Mental hospitals Bombay report 1929-33 - 1929-1933
Year: 1929
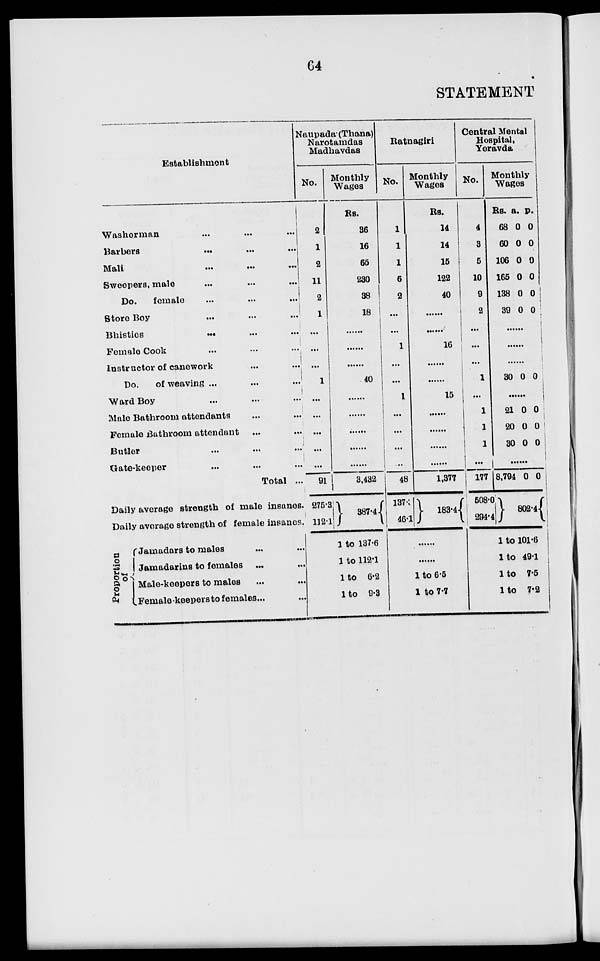
64
STATEMENT
Establishment
Washerman ... ... ...
Barbers
...
...
...
Mali ... ... ...
Sweepers, male ... ... ...
Do. female ... ... ...
Store Boy ... ... ...
Bhisties
...
...
...
Female Cook ... ... ...
Instructor of canework ... ...
Do.
of weaving ... ... ...
Ward Boy ... ... ...
Male Bathroom attendants ... ...
Female Bathroom attendant ... ...
Butler ... ... ...
Gate-keeper ... ... ...
Total ...
Daily average strength of male insanes.
Daily average strength of female insanes.
P roportion
of
Jamadars to males ... ...
Jamadarins to females ... ...
Male-keepers to males ... ...
Female-keepers to females . . . ...
Naupada (Thana)
Narotamdas
Madhavdas
No.
2
1
2
11
2
1
...
...
...
1
...
...
...
...
...
91
275.3
112.1
Monthly
Wages
Rs.
36
16
65
230
38
18
......
......
......
40
......
......
......
......
......
3,432
387.4
1 to 137.6
1 to 112.1
1 to 6.2
1 to 9.3
Ratnagiri
No.
1
1
1
6
2
...
...
1
...
...
1
...
...
...
...
48
137.1
46.1
Monthly
Wages
Rs.
14
14
15
122
40
......
......
16
......
......
15
......
......
......
......
1,377
183.4
......
......
1 to 6.5
1 to 7.7
Central Mental
Hospital,
Yeravda
No.
4
3
5
10
9
2
...
...
...
1
...
1
1
1
...
177
508.0
294.4
Monthly
Wages
Rs.
68
60
106
165
138
39
a.
0
0
0
0
0
0
p.
0
0
0
0
0
0
......
......
......
30 0 0
......
21
20
30
0
0
0
0
0
0
......
8,794 0 0
802.4
1 to 101.6
1 to 49.1
1 to 7.5
1 to 7.2